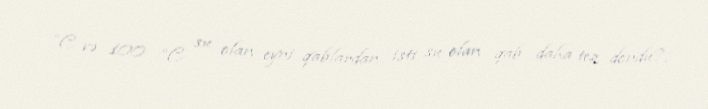
°C və 100 °C su olan eyni qablardan isti su olan qab daha tez dondu?.